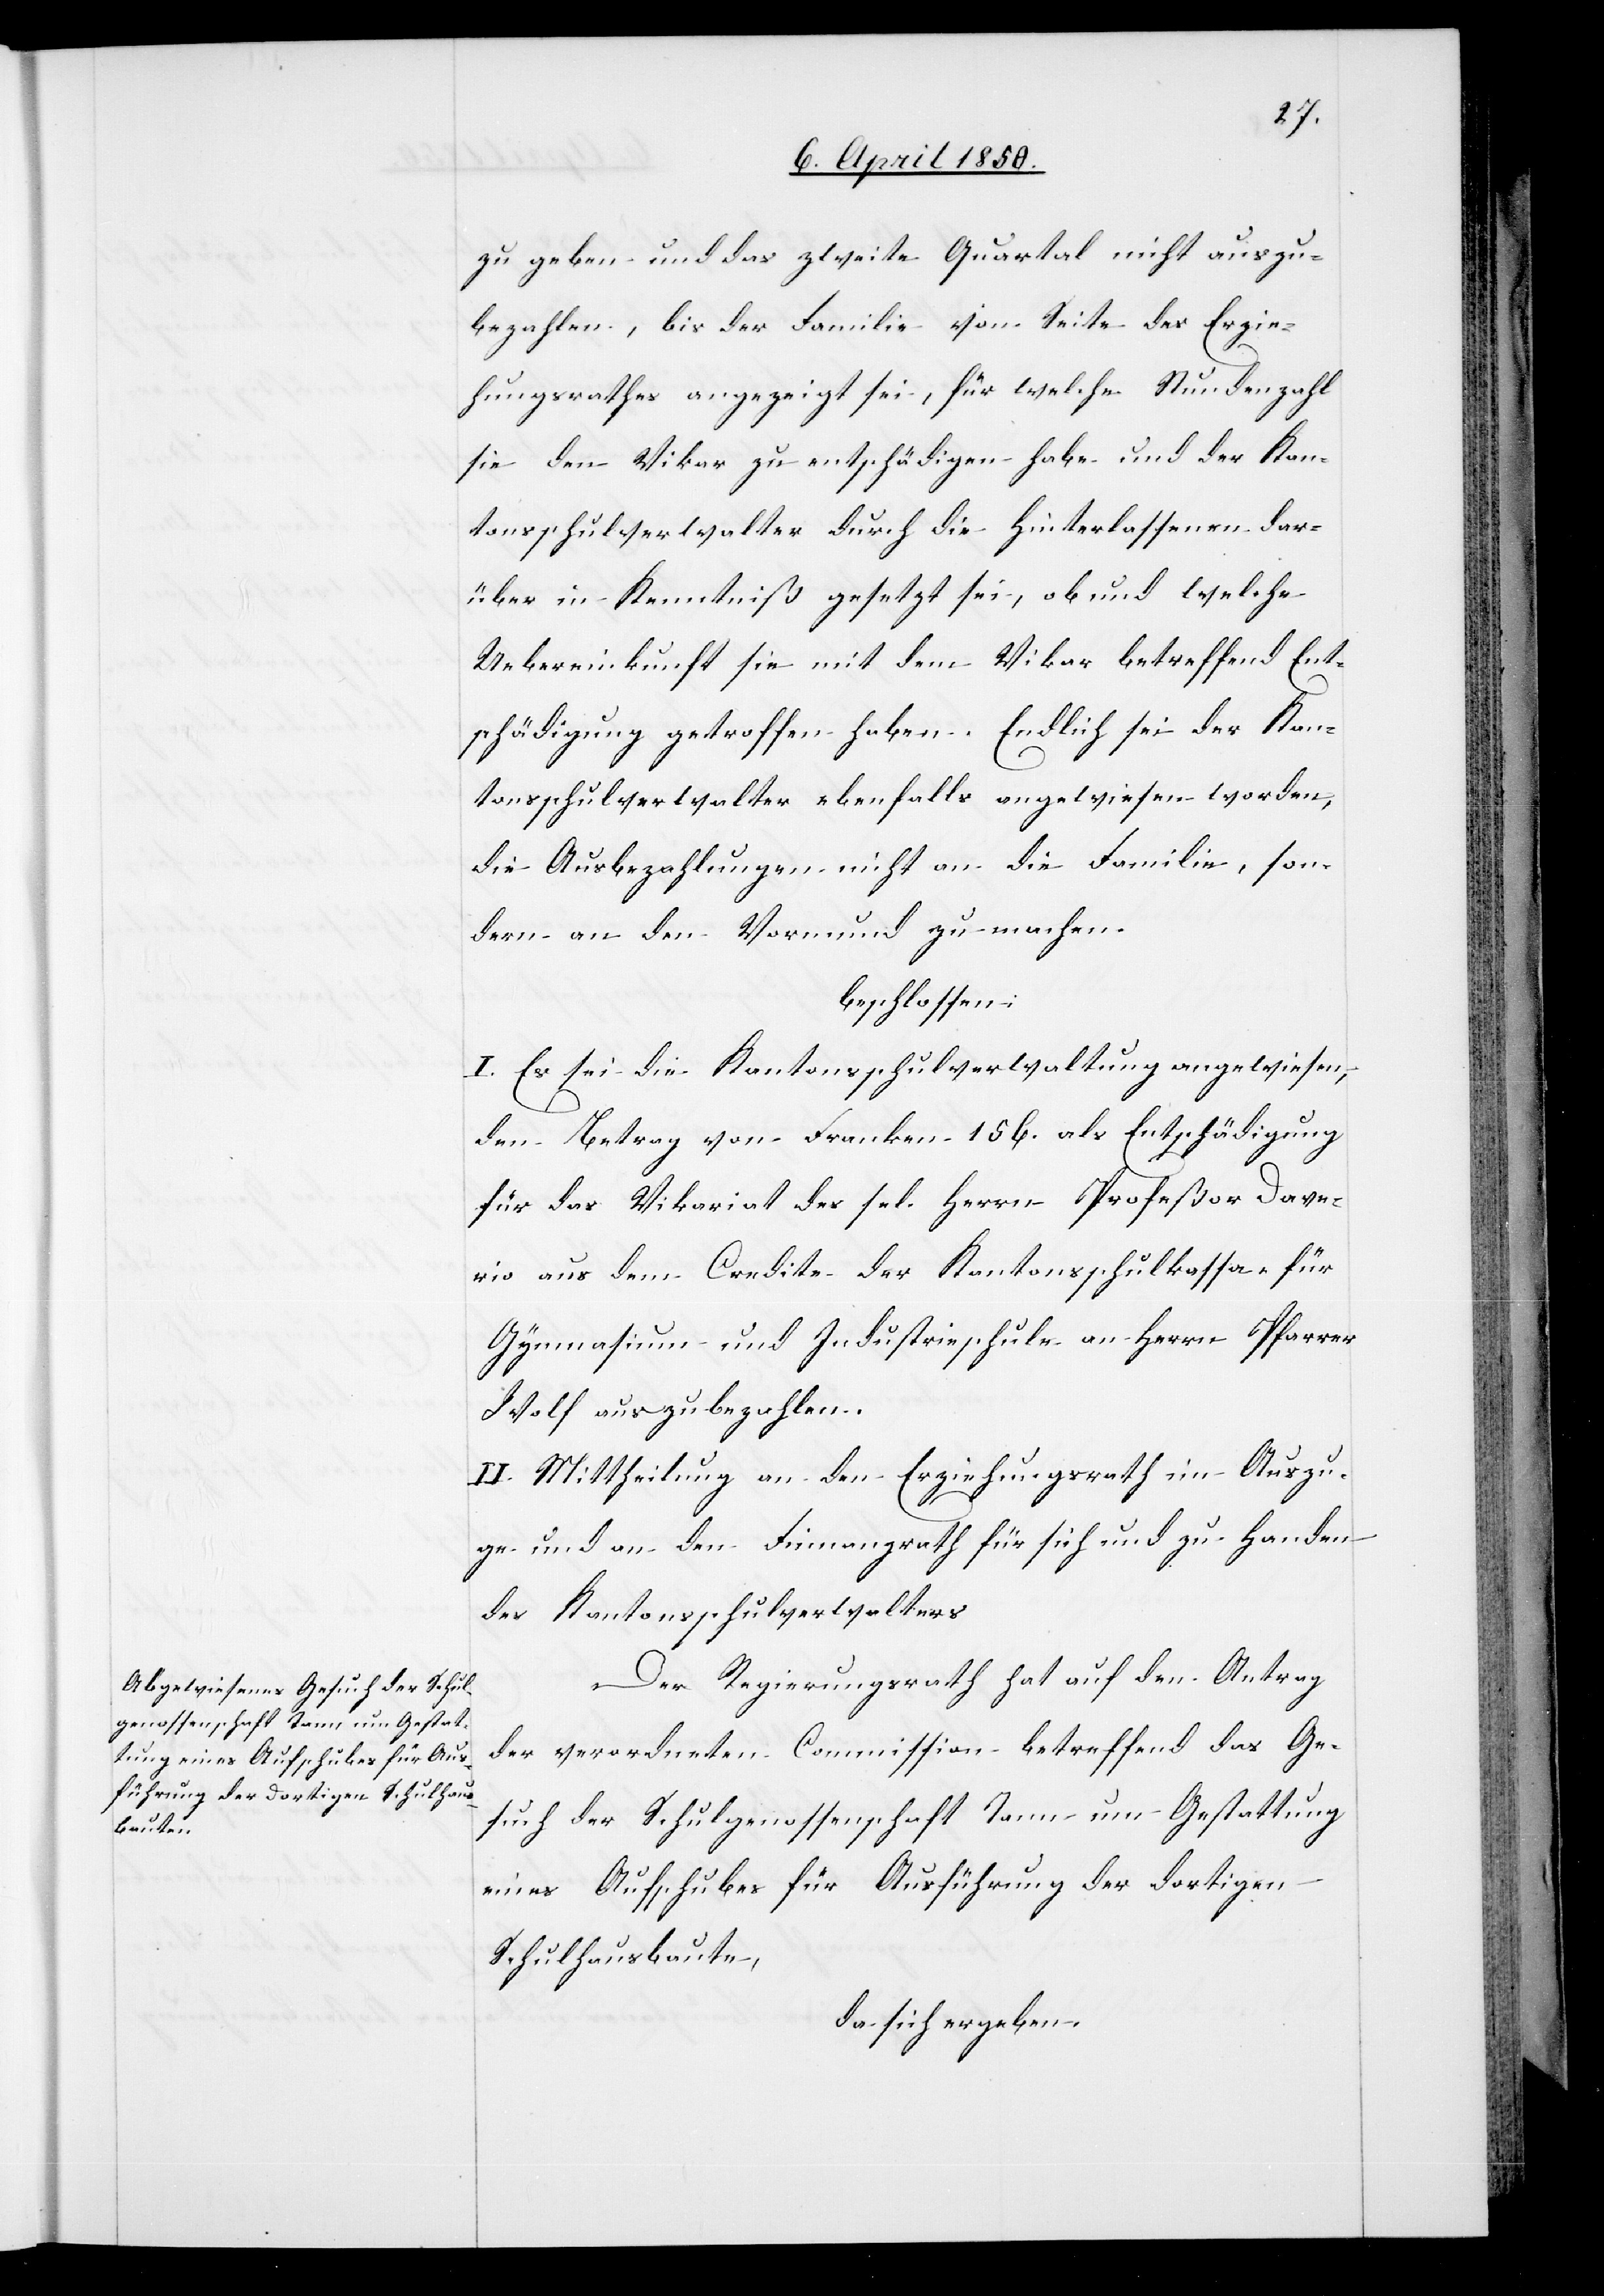
zu geben und das zweite Quartal nicht auszu¬
bezahlen, bis der Familie von Seite des Erzie¬
hungsrathes angezeigt sei, für welche Stundenzahl
sie den Vikar zu entschädigen habe und der Kan¬
tonsschulverwalter durch die Hinterlassenen dar¬
über in Kenntniß gesetzt sei, ob und welche
Uebereinkunft sie mit dem Vikar betreffend Ent¬
schädigung getroffen haben. Endlich sei der Kan¬
tonsschulverwalter ebenfalls angewiesen worden,
die Ausbezahlungen nicht an die Familie, son¬
dern an den Vormund zu machen.
beschlossen:
I. Es sei die Kantonsschulverwaltung angewiesen,
den Betrag von Franken 156. als Entschädigung
für das Vikariat des sel. Herrn Profeßor Dava¬
rio aus dem Credite der Kantonsschulkassa „für
Gymnasium und Industrieschule[“] an Herrn Pfarrer
Wolf auszubezahlen.
II. Mittheilung an den Erziehungsrath im Auszu¬
ge und an den Finanzrath für sich und zu Handen
des Kantonsschulverwalters.
Der Regierungsrath hat auf den Antrag
der verordneten Commission betreffend das Ge¬
such der Schulgenossenschaft Tann um Gestattung
eines Aufschubes für Ausführung der dortigen
Schulhausbaute,
da sich ergeben,